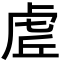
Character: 虗